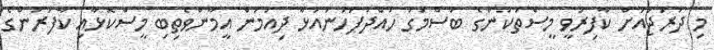
މި ދަރަޖައަށް ކާފިރުވީ މީސްތަކުންގެ ބަސްމަގު ހައްދުފަހަނައަޅާ ދިއުމުން އީމާންވެތިބި މީސްކޮޅާއި ކާފަރުންގެ